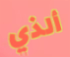
ألذي